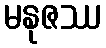
မနုဇဿ